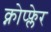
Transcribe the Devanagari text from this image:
क्नोप्फ्लेर